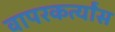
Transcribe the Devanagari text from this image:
वापरकर्त्यांस